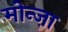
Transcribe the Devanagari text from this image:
मोन्ज़ा